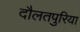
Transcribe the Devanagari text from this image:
दौलतपुरिया